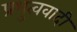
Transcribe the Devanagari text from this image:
प्रभुत्ववादी